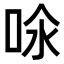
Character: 𠲈